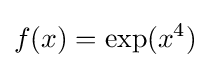
f(x)=\exp(x^{4})